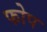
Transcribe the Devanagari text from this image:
फोप